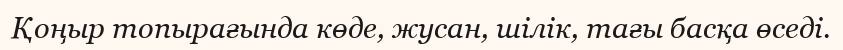
Қоңыр топырағында көде, жусан, шілік, тағы басқа өседі.